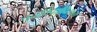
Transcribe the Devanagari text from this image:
पुनर्विवाहितांचा